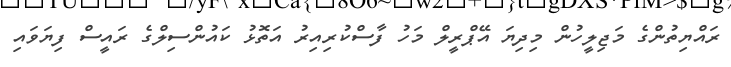
ރައްޔިތުންގެ މަޖިލީހުން މިދިޔަ އޭޕްރީލް މަހު ފާސްކުރިއިރު އަތޮޅު ކައުންސިލްގެ ރައީސް ފިޔަވައި